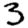
Digit: 3